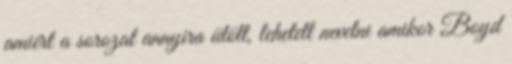
amiért a sorozat annyira ütött, lehetett nevetni amikor Boyd